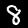
Label: 8